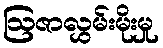
ဩဇာလွှမ်းမိုးမှု